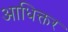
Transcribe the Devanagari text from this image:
आधिक्तर